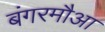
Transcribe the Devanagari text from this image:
बंगरमौआ